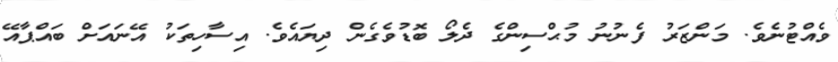
ވެއްޓުނެވެ. މަންޒަރު ފެނުނު މުޙްސިންގެ ދެލޯ ބޮޑުވެގެން ދިޔައެވެ. އިސާހިތަކު އޭނައަށް ބައްޕާއޭ